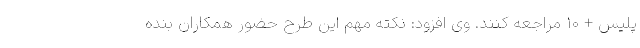
پلیس + ۱۰ مراجعه کنند. وی افزود: نکته مهم این طرح حضور همکاران بنده